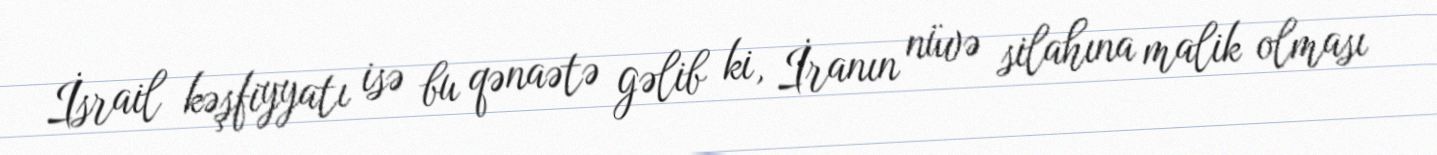
İsrail kəşfiyyatı isə bu qənaətə gəlib ki, İranın nüvə silahına malik olması